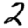
Digit: 2